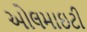
ઓલમાઇટી